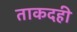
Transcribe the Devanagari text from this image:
ताकदही